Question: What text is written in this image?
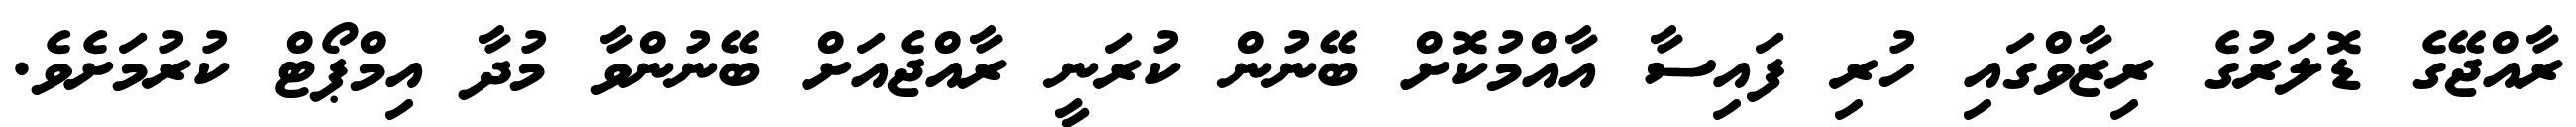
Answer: ރާއްޖޭގެ ޑޮލަރުގެ ރިޒާވްގައި ހުރި ފައިސާ އާއްމުކޮށް ބޭނުން ކުރަނީ ރާއްޖެއަށް ބޭނުންވާ މުދާ އިމްޕޯޓް ކުރުމަށެވެ.